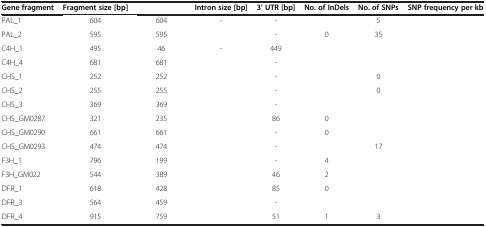
<table><thead><tr><td><b>Gene fragment</b></td><td><b>Fragment size [bp]</b></td><td>[EMPTY_CELL]</td><td><b>Intron size [bp]</b></td><td><b>3' UTR [bp]</b></td><td><b>No. of InDels</b></td><td><b>No. of SNPs</b></td><td><b>SNP frequency per kb</b></td></tr></thead><tbody><tr><td>PAL_1</td><td>604</td><td>604</td><td>-</td><td>-</td><td>[EMPTY_CELL]</td><td>5</td><td>[EMPTY_CELL]</td></tr><tr><td>PAL_2</td><td>595</td><td>595</td><td>[EMPTY_CELL]</td><td>-</td><td>0</td><td>35</td><td>[EMPTY_CELL]</td></tr><tr><td>C4H_1</td><td>495</td><td>46</td><td>-</td><td>449</td><td>[EMPTY_CELL]</td><td>[EMPTY_CELL]</td><td>[EMPTY_CELL]</td></tr><tr><td>C4H_4</td><td>681</td><td>681</td><td>[EMPTY_CELL]</td><td>-</td><td>[EMPTY_CELL]</td><td>[EMPTY_CELL]</td><td>[EMPTY_CELL]</td></tr><tr><td>CHS_1</td><td>252</td><td>252</td><td>[EMPTY_CELL]</td><td>-</td><td>[EMPTY_CELL]</td><td>0</td><td>[EMPTY_CELL]</td></tr><tr><td>CHS_2</td><td>255</td><td>255</td><td>[EMPTY_CELL]</td><td>-</td><td>[EMPTY_CELL]</td><td>0</td><td>[EMPTY_CELL]</td></tr><tr><td>CHS_3</td><td>369</td><td>369</td><td>[EMPTY_CELL]</td><td>-</td><td>[EMPTY_CELL]</td><td>[EMPTY_CELL]</td><td>[EMPTY_CELL]</td></tr><tr><td>CHS_GM0287</td><td>321</td><td>235</td><td>[EMPTY_CELL]</td><td>86</td><td>0</td><td>[EMPTY_CELL]</td><td>[EMPTY_CELL]</td></tr><tr><td>CHS_GM0290</td><td>661</td><td>661</td><td>[EMPTY_CELL]</td><td>-</td><td>0</td><td>[EMPTY_CELL]</td><td>[EMPTY_CELL]</td></tr><tr><td>CHS_GM0293</td><td>474</td><td>474</td><td>[EMPTY_CELL]</td><td>-</td><td>[EMPTY_CELL]</td><td>17</td><td>[EMPTY_CELL]</td></tr><tr><td>F3H_1</td><td>796</td><td>199</td><td>[EMPTY_CELL]</td><td>-</td><td>4</td><td>[EMPTY_CELL]</td><td>[EMPTY_CELL]</td></tr><tr><td>F3H_GM022</td><td>544</td><td>389</td><td>[EMPTY_CELL]</td><td>46</td><td>2</td><td>[EMPTY_CELL]</td><td>[EMPTY_CELL]</td></tr><tr><td>DFR_1</td><td>618</td><td>428</td><td>[EMPTY_CELL]</td><td>85</td><td>0</td><td>[EMPTY_CELL]</td><td>[EMPTY_CELL]</td></tr><tr><td>DFR_3</td><td>564</td><td>459</td><td>[EMPTY_CELL]</td><td>-</td><td>[EMPTY_CELL]</td><td>[EMPTY_CELL]</td><td>[EMPTY_CELL]</td></tr><tr><td>DFR_4</td><td>915</td><td>759</td><td>[EMPTY_CELL]</td><td>51</td><td>1</td><td>3</td><td>[EMPTY_CELL]</td></tr></tbody></table>